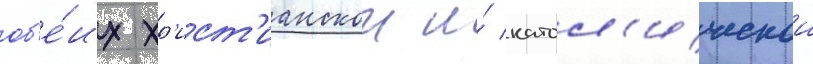
об'е́их хр'ист'ианскои и́ катол'ическои